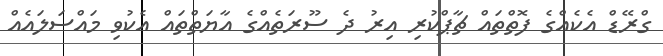
ގްރޭޑް އެކެއްގެ ފޮތްތައް ޗާޕްކުރި އިރު ދެ ސޫރަތެއްގެ އާޔަތްތައް އެކުވި މައްސަލައެއް